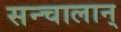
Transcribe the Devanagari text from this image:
सन्चालान्